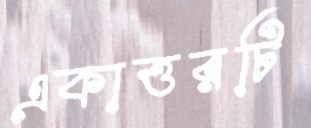
একাত্তরটি